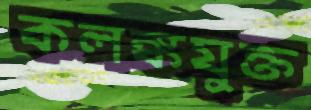
কলঙ্কযুক্ত